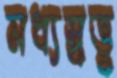
মধ্যস্বত্ত্ব